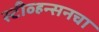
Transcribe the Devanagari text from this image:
स्टीव्हन्सनचा